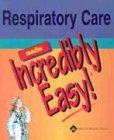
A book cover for Respiratory Care Made Incredibly Easy! (Incredibly Easy! SeriesÂ®); Springhouse; Medical Books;